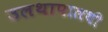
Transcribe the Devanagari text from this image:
उलथापालथी